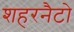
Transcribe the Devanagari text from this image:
शहरनैटो